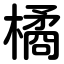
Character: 橘